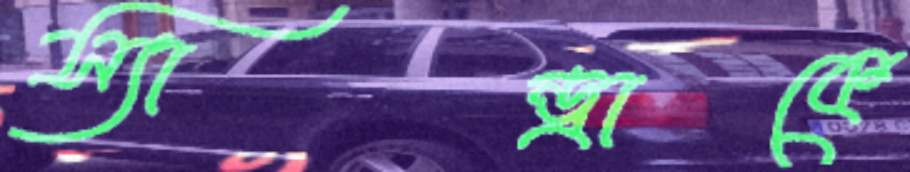
স্যান্ড্রাকে